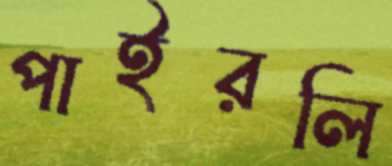
পাইরলি